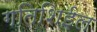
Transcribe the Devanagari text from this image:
गतिशिईल